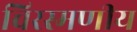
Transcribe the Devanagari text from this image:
चिरस्मणीय